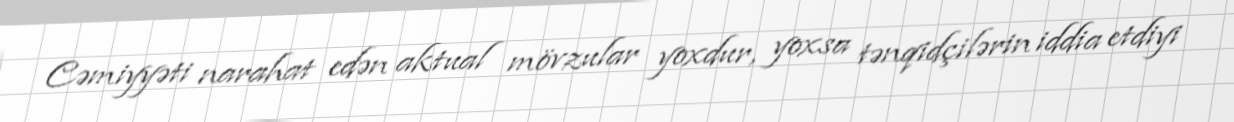
Cəmiyyəti narahat edən aktual mövzular yoxdur, yoxsa tənqidçilərin iddia etdiyi